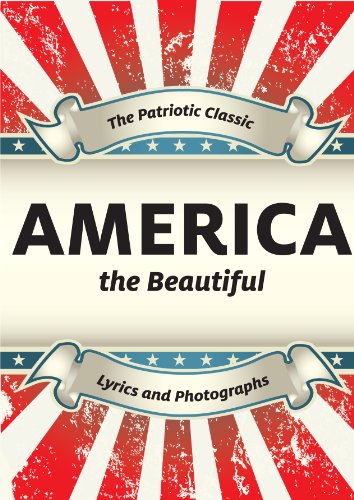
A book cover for America the Beautiful: A Patriotic Book with Photographs and Lyrics (4th of July Favorites for all ages); Katharine Lee  Bates; Children's Books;